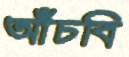
আঁচবি